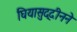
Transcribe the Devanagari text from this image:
घियासुद्दीनने